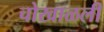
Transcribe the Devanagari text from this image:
चोखाळली